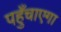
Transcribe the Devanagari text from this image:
पहुँचाएगा